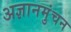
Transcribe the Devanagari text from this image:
अज्ञानमुंचन